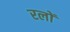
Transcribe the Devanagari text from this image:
रलों